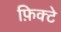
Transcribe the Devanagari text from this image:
फ़िक्टे